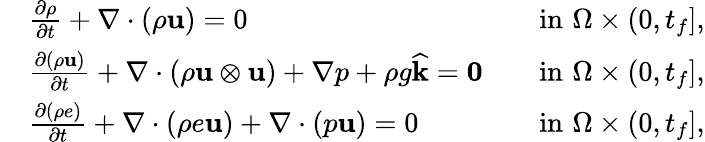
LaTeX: \begin{array}{rlrl}&{\frac{\partial\rho}{\partial t}+\nabla\cdot(\rho\mathbf u)=0}&&{\mathrm{in}\, \, \Omega\times(0,t_{f}],}\\ &{\frac{\partial(\rho\mathbf u)}{\partial t}+\nabla\cdot(\rho\mathbf u\otimes\mathbf u)+\nabla p+\rho g\widehat{\mathbf k}=\boldsymbol{0}}&&{\mathrm{in}\, \, \Omega\times(0,t_{f}],}\\ &{\frac{\partial(\rho e)}{\partial t}+\nabla\cdot(\rho e\mathbf u)+\nabla\cdot(p\mathbf u)=0}&&{\mathrm{in}\, \, \Omega\times(0,t_{f}],}\end{array}